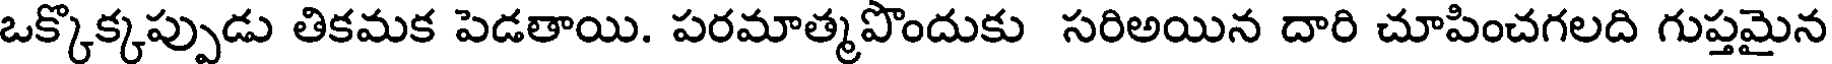
ఒక్కొక్కప్పుడు తికమక పెడతాయి. పరమాత్మపొందుకు సరిఅయిన దారి చూపించగలది గుప్తమైన